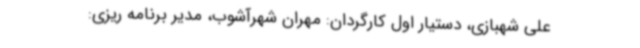
علی شهبازی، دستیار اول کارگردان: مهران شهرآشوب، مدیر برنامه ریزی: